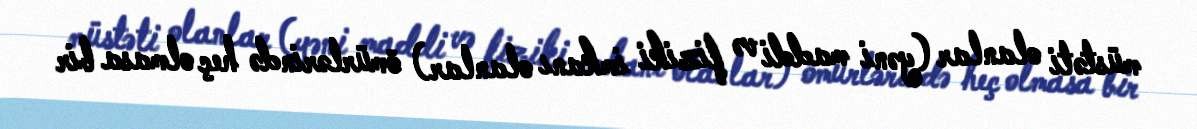
müstəti olanlar (yəni maddi və fiziki imkanı olanlar) ömürlərində heç olmasa bir